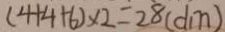
( 4 + 4 + 6 ) \times 2 = 2 8 ( d m )